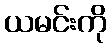
ယမင်းကို